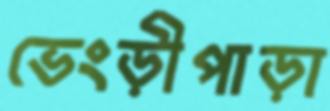
ভেংড়ীপাড়া